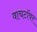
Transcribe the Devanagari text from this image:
वाचटॉवर